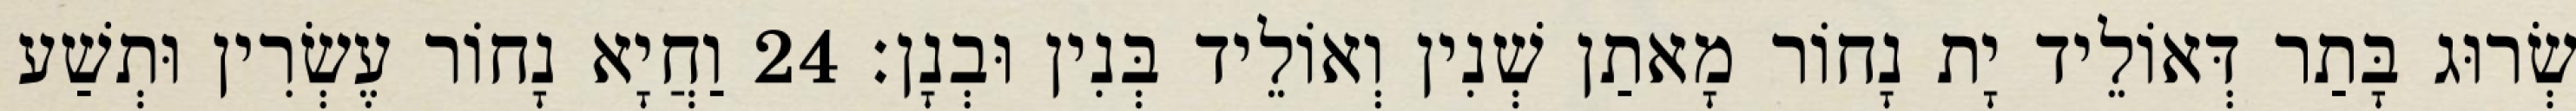
שְׂרוּג בָּתַר דְּאוֹלֵיד יָת נָחוֹר מָאתַן שְׁנִין וְאוֹלֵיד בְּנִין וּבְנָן׃ 24 וַחֲיָא נָחוֹר עֶשְׂרִין וּתְשַׁע